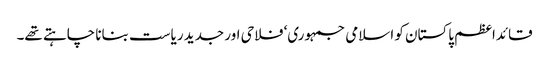
قائداعظم پاکستان کو اسلامی جمہوری‘ فلاحی اور جدید ریاست بنانا چاہتے تھے۔